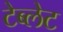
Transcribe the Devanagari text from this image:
टेब्लेट